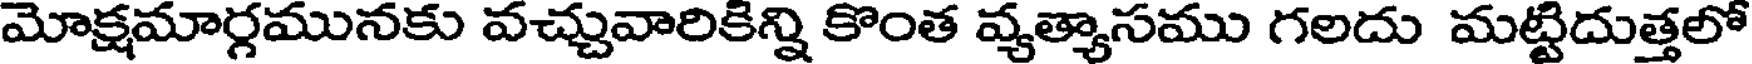
మోక్షమార్గమునకు వచ్చువారికిన్ని కొంత వ్యత్యాసము గలదు మట్టిదుత్తలో